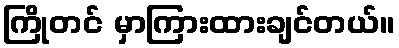
ကြိုတင် မှာကြားထားချင်တယ်။